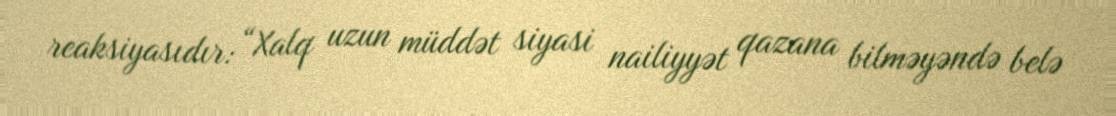
reaksiyasıdır: “Xalq uzun müddət siyasi nailiyyət qazana bilməyəndə belə